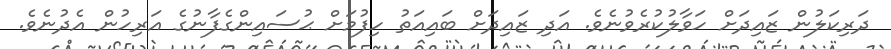
ދަރިކަލުން ޒައިދަށް ހަވާލުކުރެވުނެވެ. އަދި ޒައިދަށް ބައިއަތު ހިފުމަށް ޙުސައިންގެފާނުގެ އަރިހުން އެދުނެވެ.